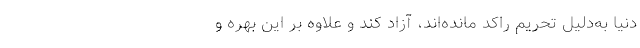
دنیا به‌دلیل تحریم راکد مانده‌اند، آزاد کند و علاوه بر این بهره و